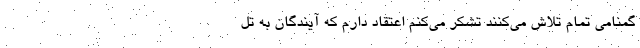
گمنامی تمام تلاش می‌کنند تشکر می‌کنم اعتقاد دارم که آیندگان به تل